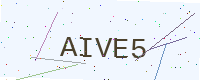
Text: AIVE5